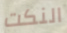
النكت